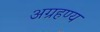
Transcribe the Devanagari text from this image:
अग्रहण्य